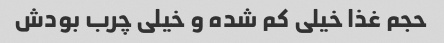
حجم غذا خیلی کم شده و خیلی چرب بودش